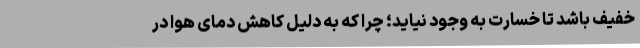
خفیف باشد تا خسارت به وجود نیاید؛ چرا که به دلیل کاهش دمای هوا در